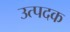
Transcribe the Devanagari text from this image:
उत्पदक